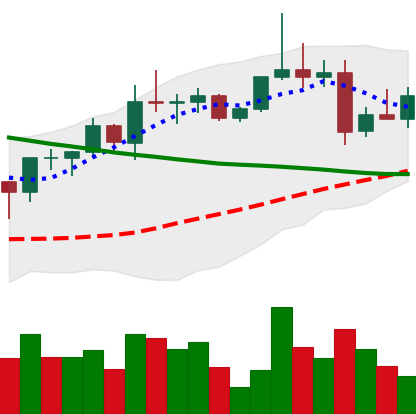
Ticker: XRP-USD
Chart end date: 2022-04-03
Forward return: -10.546%
Label: down_7plus